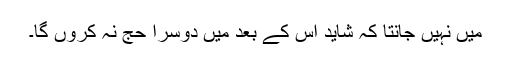
میں نہیں جانتا کہ شاید اس کے بعد میں دوسرا حج نہ کروں گا۔